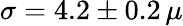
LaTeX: \sigma=4.2\pm 0.2\, \mu